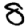
Digit: 8